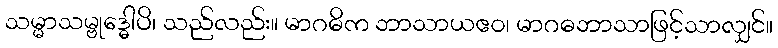
သမ္မာသမ္ဗုဒ္ဓေါပိ၊ သည်လည်း။ မာဂဓိက ဘာသာယဧဝ၊ မာဂဓဘာသာဖြင့်သာလျှင်။